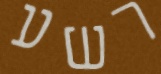
רשע